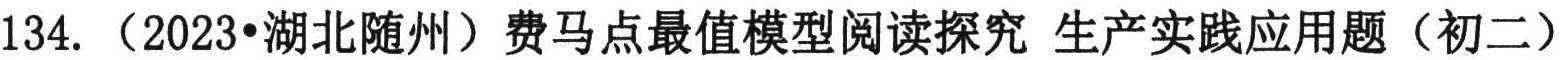
134. （2023•湖北随州）费马点最值模型阅读探究 生产实践应用题（初二）